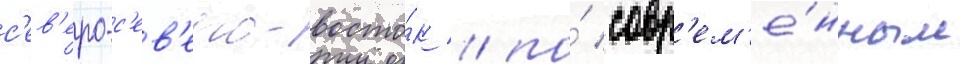
с'ев'еро-с'ев'еро-восто́к / по́ совр'ем'е́нным